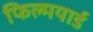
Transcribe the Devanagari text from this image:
फिल्मयार्ड